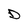
Character: D